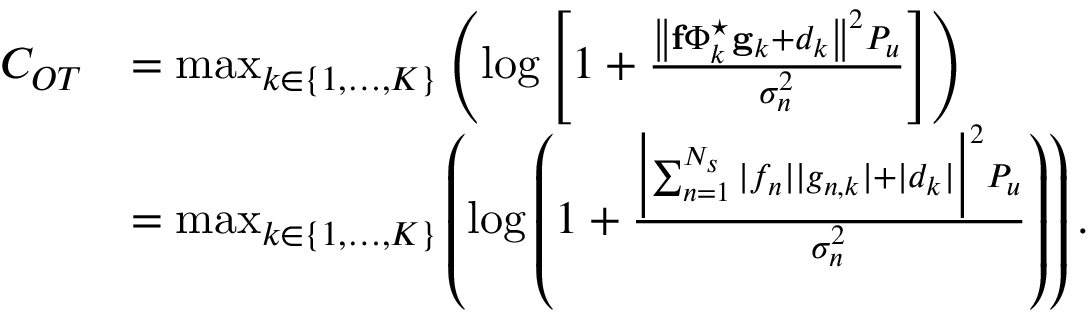
\begin{array} { r l } { C _ { O T } } & { = \operatorname* { m a x } _ { k \in \{ 1 , \ldots , K \} } \left( \log \left[ 1 + \frac { \left\| \mathbf { f } \boldsymbol { \Phi } _ { k } ^ { \star } \mathbf { g } _ { k } + d _ { k } \right\| ^ { 2 } P _ { u } } { \sigma _ { n } ^ { 2 } } \right] \right) } \\ & { = \operatorname* { m a x } _ { k \in \{ 1 , \ldots , K \} } \left( \log \left( 1 + \frac { \Bigl | \sum _ { n = 1 } ^ { N _ { s } } | f _ { n } | | g _ { n , k } | + | d _ { k } | \Bigr | ^ { 2 } P _ { u } } { \sigma _ { n } ^ { 2 } } \right) \right) . } \end{array}